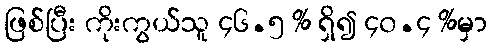
ဖြစ်ပြီး ကိုးကွယ်သူ ၄၆.၅ % ရှိ၍ ၄၀.၄ %မှာ